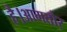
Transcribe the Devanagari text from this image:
है।आमतौर